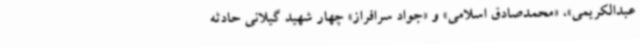
عبدالکریمی»، «محمدصادق اسلامی» و «جواد سرافراز» چهار شهید گیلانی حادثه